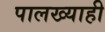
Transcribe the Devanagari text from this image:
पालख्याही